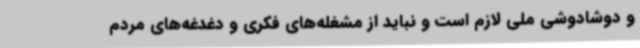
و دوشادوشی ملی لازم است و نباید از مشغله‌های فکری و دغدغه‌های مردم